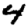
Digit: 4